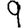
Digit: 9